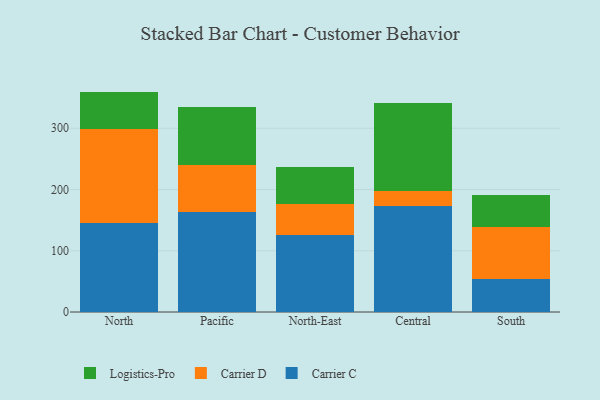
{"axis": {"x": "Region", "y": "LTV (USD)"}, "legend": ["Carrier C", "Carrier D", "Logistics-Pro"], "data": [{"x": "North", "y": 145.9, "type": "Carrier C"}, {"x": "North", "y": 153.4, "type": "Carrier D"}, {"x": "North", "y": 60.6, "type": "Logistics-Pro"}, {"x": "Pacific", "y": 162.8, "type": "Carrier C"}, {"x": "Pacific", "y": 77.1, "type": "Carrier D"}, {"x": "Pacific", "y": 94.7, "type": "Logistics-Pro"}, {"x": "North-East", "y": 125.9, "type": "Carrier C"}, {"x": "North-East", "y": 50.4, "type": "Carrier D"}, {"x": "North-East", "y": 60.0, "type": "Logistics-Pro"}, {"x": "Central", "y": 173.2, "type": "Carrier C"}, {"x": "Central", "y": 24.5, "type": "Carrier D"}, {"x": "Central", "y": 143.2, "type": "Logistics-Pro"}, {"x": "South", "y": 53.1, "type": "Carrier C"}, {"x": "South", "y": 85.6, "type": "Carrier D"}, {"x": "South", "y": 52.8, "type": "Logistics-Pro"}]}